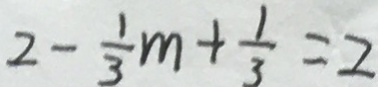
2 - \frac { 1 } { 3 } m + \frac { 1 } { 3 } = 2